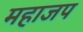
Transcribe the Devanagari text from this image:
महाजप